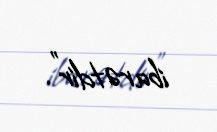
ibarətdir".